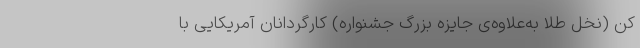
کن (نخل طلا به‌علاوه‌ی جایزه بزرگ جشنواره) کارگردانان آمریکایی با